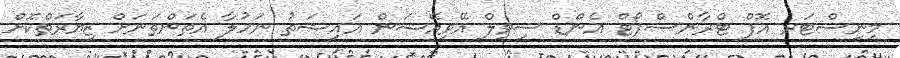
މިނިސްޓަރ އޮފް ޓްރާންސްޕޯޓް އެންޑް ސިވިލް އޭވިއޭޝަން އައިޝަތު ނަހުލާ އެތަންތަނަށް ޒިޔާރަތްކޮށް